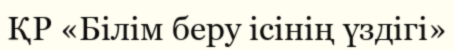
ҚР «Білім беру ісінің үздігі»